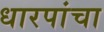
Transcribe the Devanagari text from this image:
धारपांचा